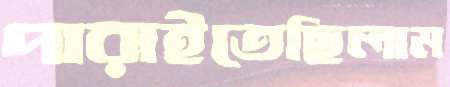
পারাইতেছিলাম